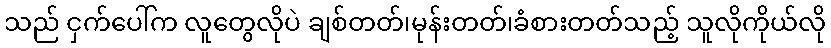
သည် ငှက်ပေါ်က လူတွေလိုပဲ ချစ်တတ်၊မုန်းတတ်၊ခံစားတတ်သည့် သူလိုကိုယ်လို